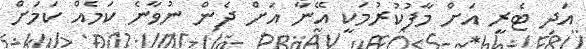
އަދި ޓެރީ އަށް މާފުކުރުމަކީ އޭނާ އަށް ދެން ނުވާނެ ކަމެއް ކަމަށް